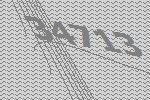
34713